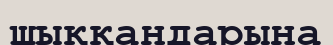
шыққандарына